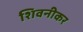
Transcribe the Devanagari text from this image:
शिवनीकर